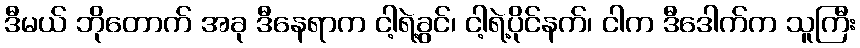
ဒီမယ် ဘိုတောက် အခု ဒီနေရာက ငါ့ရဲ့ခွင်၊ ငါ့ရဲ့ပိုင်နက်၊ ငါက ဒီဒေါက်က သူကြီး